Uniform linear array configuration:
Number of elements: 32
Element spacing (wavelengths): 1
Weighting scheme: hann
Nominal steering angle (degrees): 45
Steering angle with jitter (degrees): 43.15
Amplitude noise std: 0.05
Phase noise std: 0.05

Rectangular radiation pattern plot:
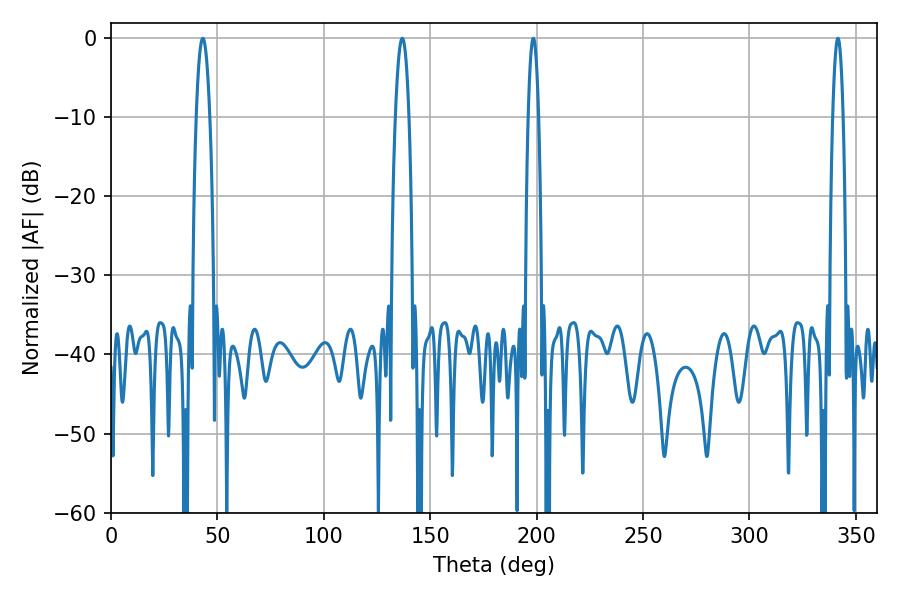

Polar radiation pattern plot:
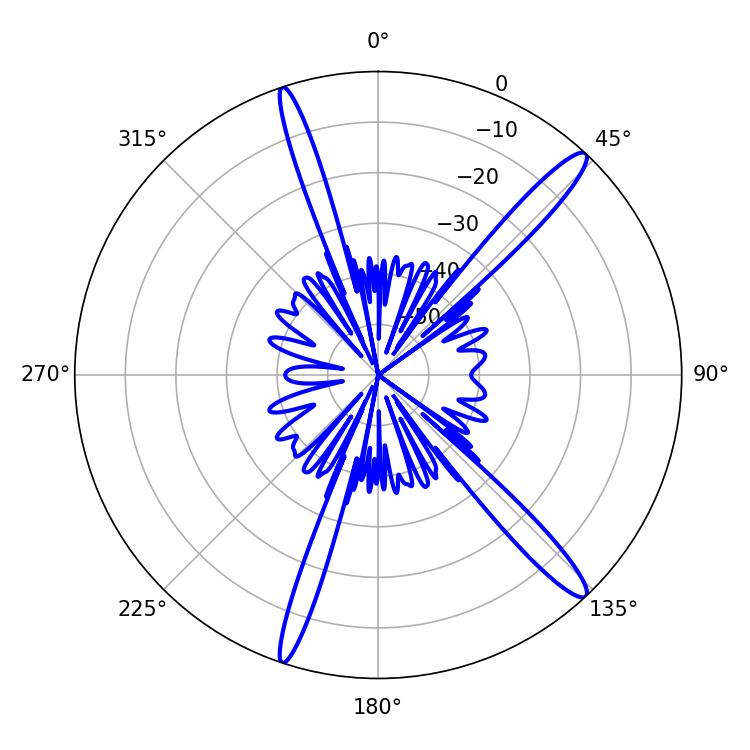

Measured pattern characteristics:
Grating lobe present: TRUE
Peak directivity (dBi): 15.304
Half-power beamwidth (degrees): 3.6
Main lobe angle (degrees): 136.8